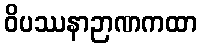
ဝိပဿနာဉာဏကထာ